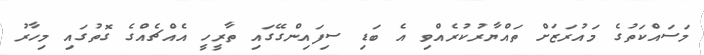
މަސައްކަތުގެ މައުރަޒަށް ތައްޔާރުކުރެއްވި އެ ބަޑި ސިފައިންގޭގައި ތާރީހީ އެއްޗެއްގެ ގޮތުގައި މިހާރު